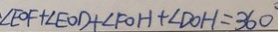
\angle E O F + \angle E O D + \angle F O H + \angle D O H = 3 6 0